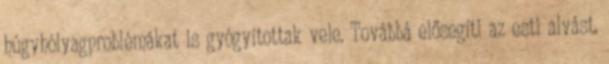
húgyhólyagproblémákat is gyógyítottak vele. Továbbá elősegíti az esti alvást,